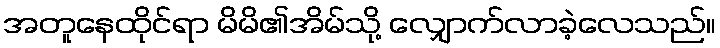
အတူနေထိုင်ရာ မိမိ၏အိမ်သို့ လျှောက်လာခဲ့လေသည်။